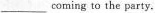
___ coming to the party.